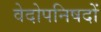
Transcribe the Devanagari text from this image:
वेदोपनिषदों